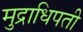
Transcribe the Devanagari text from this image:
मुद्राधिपती